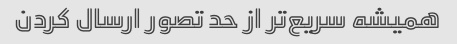
همیشه سریع‌تر از حد تصور ارسال کردن